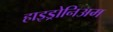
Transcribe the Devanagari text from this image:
हाइड्रोनिअम